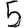
Digit: 5